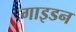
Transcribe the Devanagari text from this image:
गाइडन